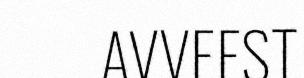
AVVEEST